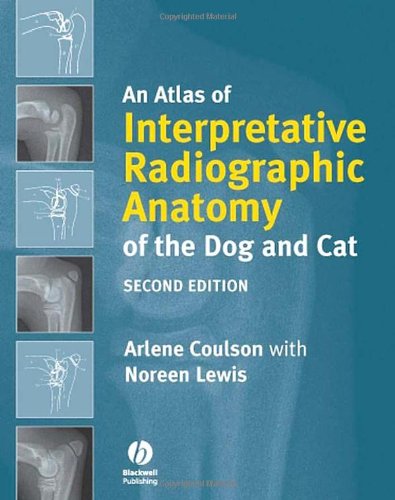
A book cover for An Atlas of Interpretative Radiographic Anatomy of the Dog and Cat; Arlene Coulson; Medical Books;